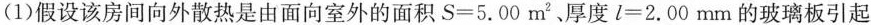
(1)假设该房间向外散热是由面向室外的面积$$S = 5 . 0 0 m ^ { 2 }$$、厚度$$l = 2 . 0 0 m m$$的玻璃板引起